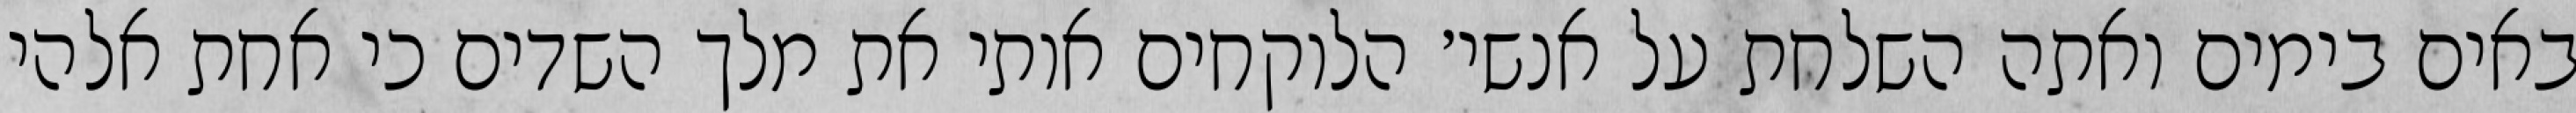
באים בימים ואתה השלחת על אנשי׳ הלוקחים אותי את מלך השדים כי אחת אלהי